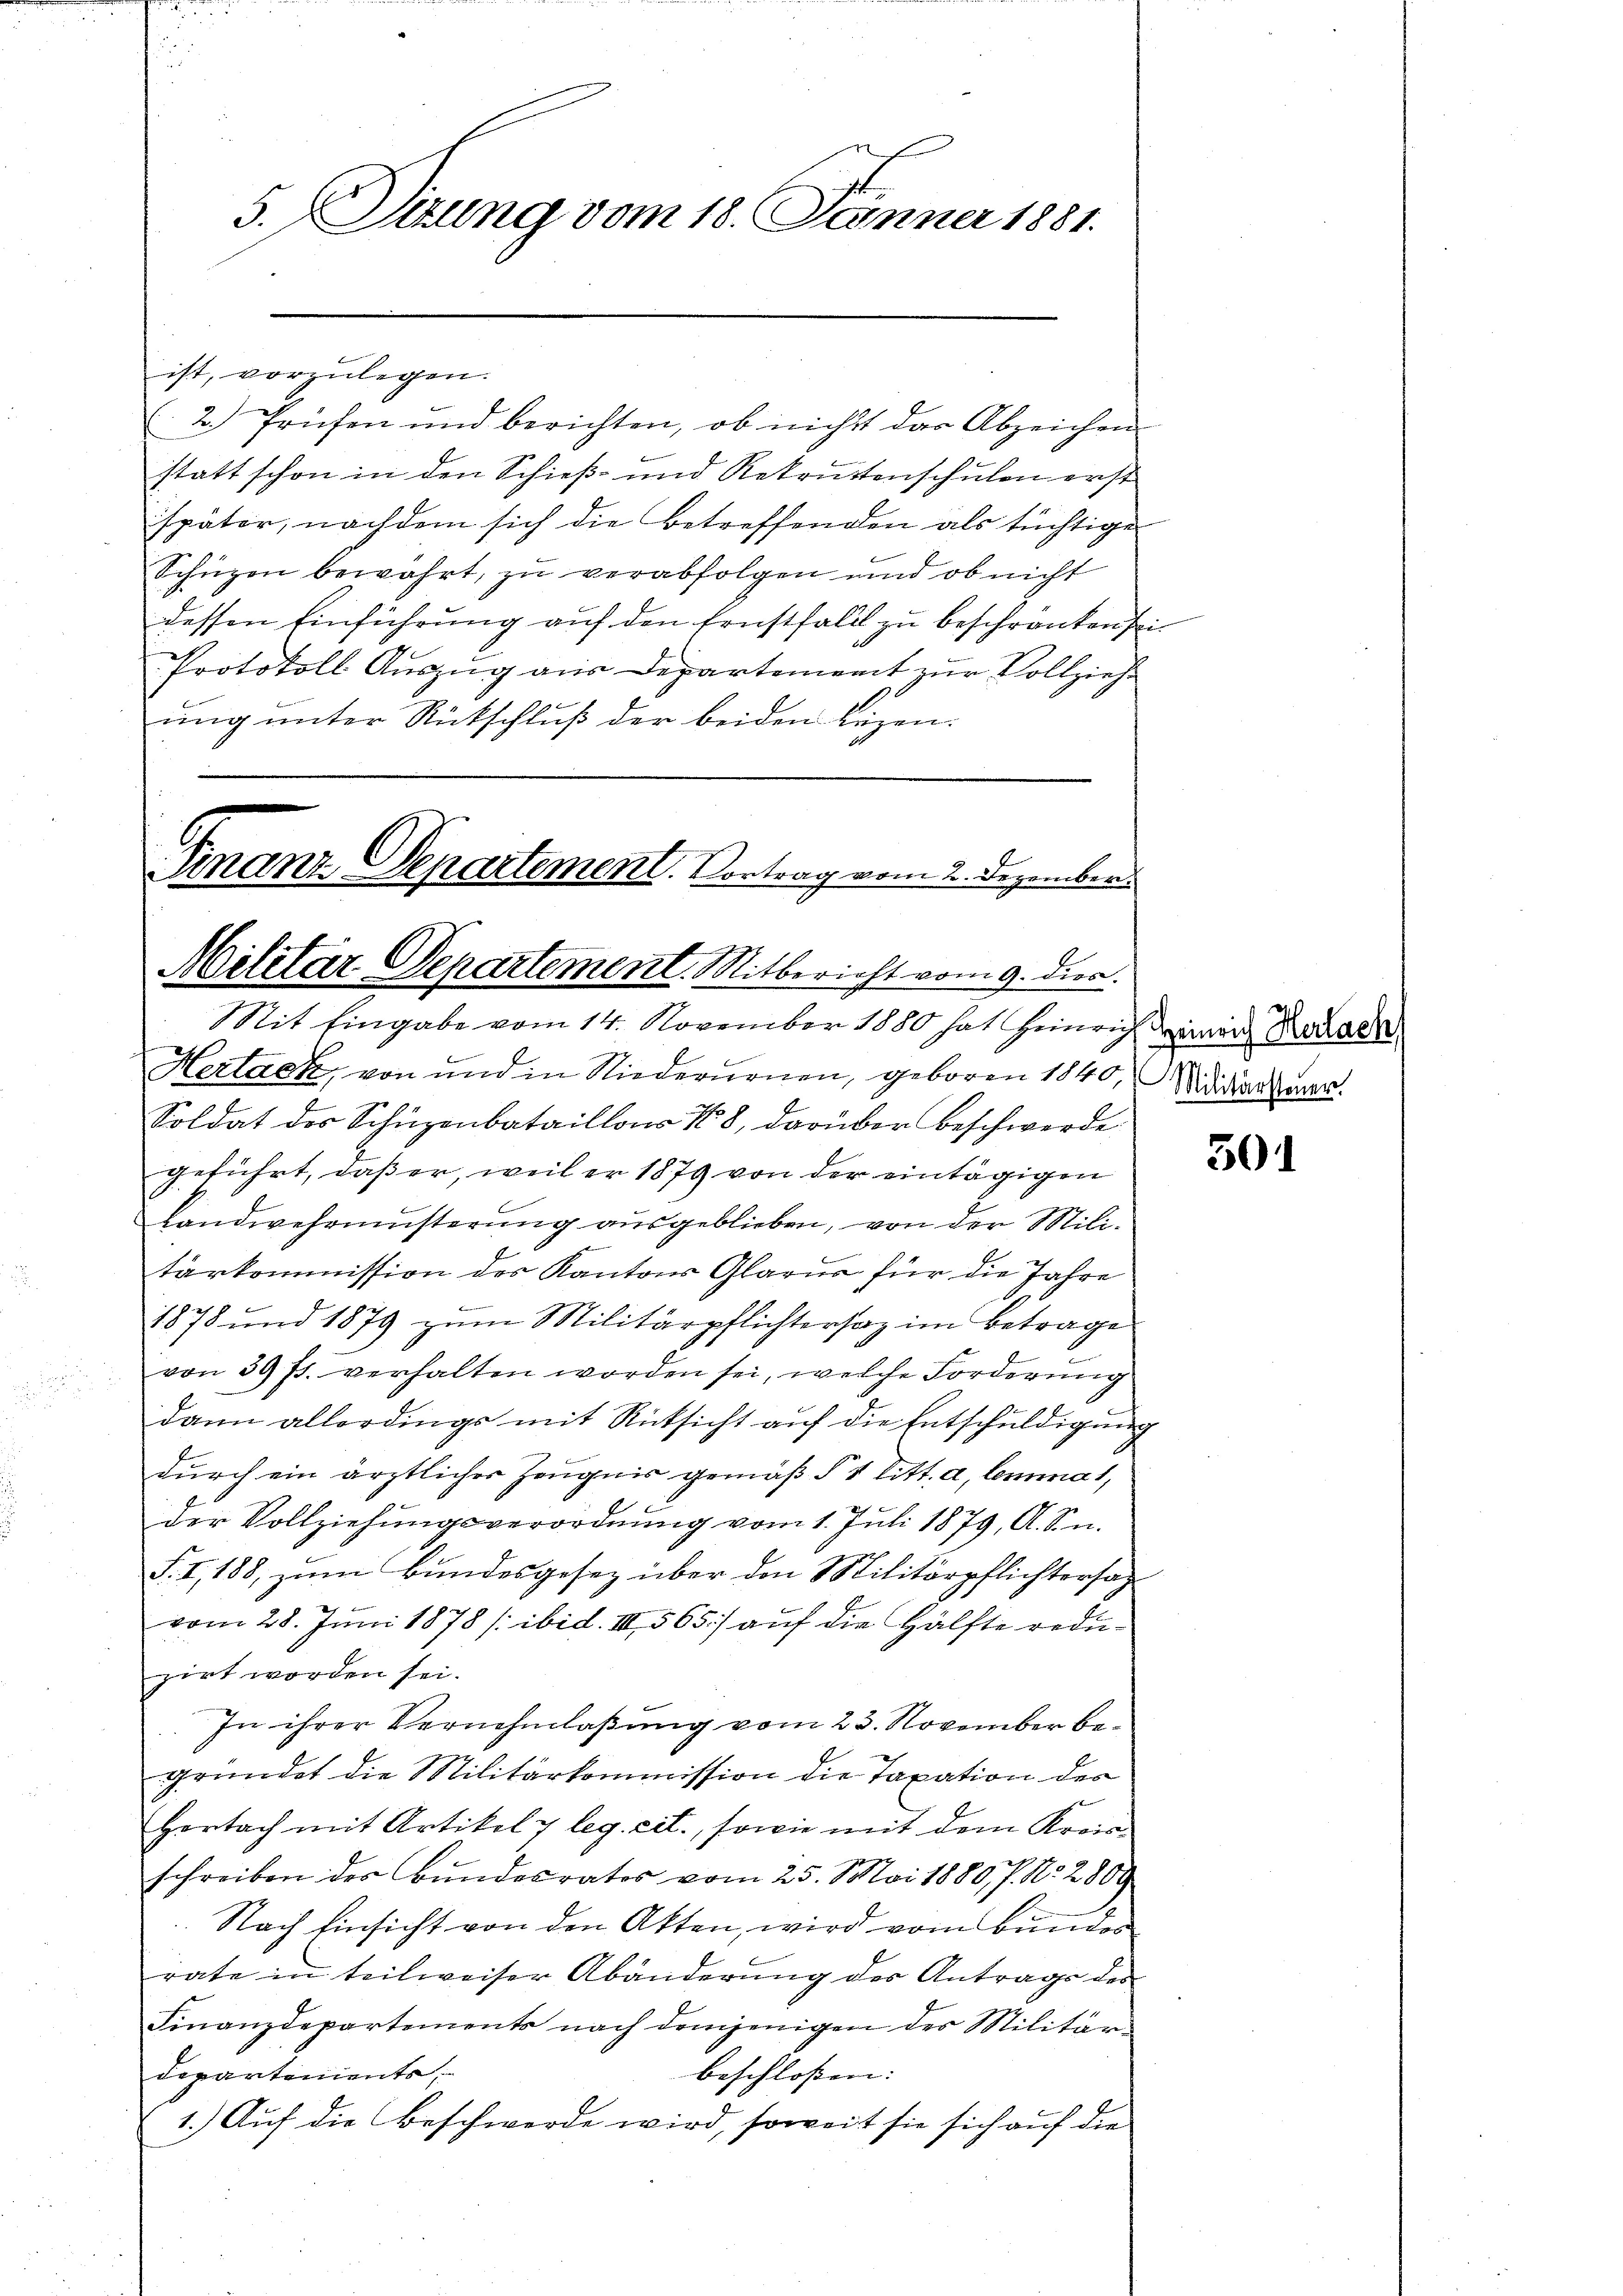
f
5.Sizung vom 18. Jänner 1881.

2.) Prüfen und berichten, ob nicht das Abzeichen
statt schon in den Schieß- und Rekrutenschulen erst
später, nachdem sich die Betreffenden als tüchtige
Schüzen bewahrt, zu verabfolgen und ob nicht
dessen Einführung auf den Ernstfall zu beschränken sei
Protokoll Auszug aus Departement zur Vollzieh
ung unter Rückschluß der beiden Luzen.

ist, vorzulegen.

Finanz-Departement. Vortrag vom 2. Dezember
Militär-Departement. Mitbericht vom 9. dies
Mit Eingabe vom 14. November 1880 hat Heinrich den Recade

Hertack, von und in Niederurnen, geboren 1840,
Soldat der Schüzenbataillons 408, darüber beschwerde
geführt, daß er, weil er 1879 von der eintägigen
Landwehrmusterung ausgeblieben, von der Militarkommission des Kantons Glarus für die Jahre
1878 und 1879 zum Militärpflichtersaz im Betrage
von 39 f. verhalten worden sei, welche Forderung
dann allerdings mit Rücksicht auf die Entschuldigung
durch ein ärztlicher Zeugnis gemäß § 1 litt. a, lemma 1,
der Vollziehungsverordnung vom 1. Juli 1879, A. Sn.
S. I, 188, zum Bundesgesez über den Militärpflichtersag
vom 28. Juni 1878 / ibid. III 565) auf die Hälfte reduzirt worden sei.
In ihrer Vernehmlassung vom 23. November begründet die Militärkommission die Taxation der
Hertach mit Artikel & leg. cit., sowie mit dem Kreisschreiben des Bundesrates vom 25. Mai 1880 J. N. 2800
Nach Einsicht von den Akten, wird vom Bunder
rate in teilweiser Abänderung des Antrags des
Finanzdepartements nach demjenigen des Militär-
departements,
beschlossen: |
1.) Auf die Beschwerde wird, soweit sie sich auf die

Militärsteuer.

301